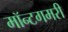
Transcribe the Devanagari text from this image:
मॉन्टगमरी